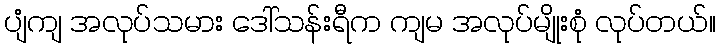
ပျံကျ အလုပ်သမား ဒေါ်သန်းရီက ကျမ အလုပ်မျိုးစုံ လုပ်တယ်။